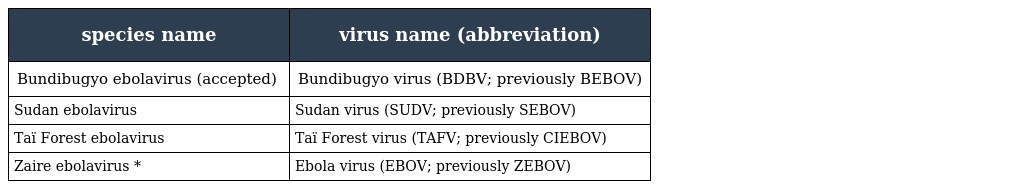
| species name | virus name (abbreviation) |
 | --- | --- |
 | Bundibugyo ebolavirus (accepted) | Bundibugyo virus (BDBV; previously BEBOV) |
 | Sudan ebolavirus | Sudan virus (SUDV; previously SEBOV) |
 | Taï Forest ebolavirus | Taï Forest virus (TAFV; previously CIEBOV) |
 | Zaire ebolavirus * | Ebola virus (EBOV; previously ZEBOV) |